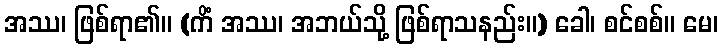
အဿ၊ ဖြစ်ရာ၏။ (ကိံ အဿ၊ အဘယ်သို့ ဖြစ်ရာသနည်း။) ခေါ၊ စင်စစ်။ မေ၊